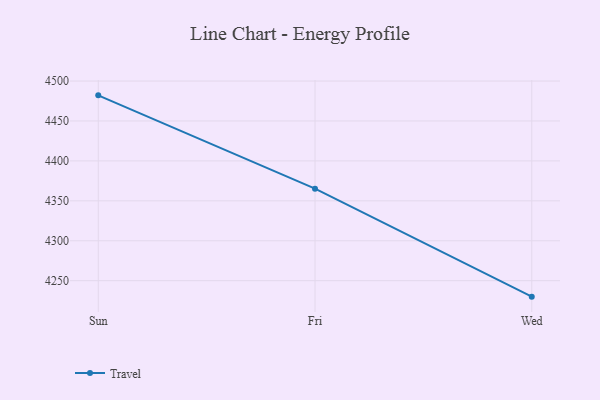
{"axis": {"x": "Day", "y": "Headcount"}, "legend": ["Travel"], "data": [{"x": "Sun", "y": 4482.1, "type": "Travel"}, {"x": "Fri", "y": 4365.2, "type": "Travel"}, {"x": "Wed", "y": 4230.0, "type": "Travel"}]}